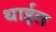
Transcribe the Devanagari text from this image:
थाईल